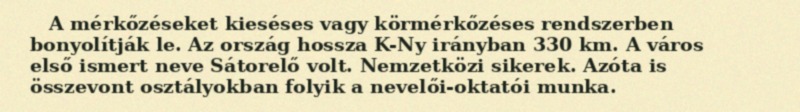
A mérkőzéseket kieséses vagy körmérkőzéses rendszerben bonyolítják le. Az ország hossza K-Ny irányban 330 km. A város első ismert neve Sátorelő volt. Nemzetközi sikerek. Azóta is összevont osztályokban folyik a nevelői-oktatói munka.